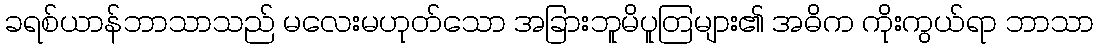
ခရစ်ယာန်ဘာသာသည် မလေးမဟုတ်သော အခြားဘူမိပူတြများ၏ အဓိက ကိုးကွယ်ရာ ဘာသာ